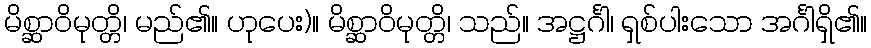
မိစ္ဆာဝိမုတ္တိ၊ မည်၏။ ဟုပေး)။ မိစ္ဆာဝိမုတ္တိ၊ သည်။ အဋ္ဌင်္ဂါ၊ ရှစ်ပါးသော အင်္ဂါရှိ၏။